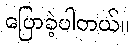
ပြောခဲ့ပါတယ်။